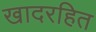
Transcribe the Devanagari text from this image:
खादरहित